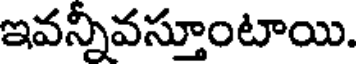
ఇవన్నీవస్తూంటాయి.